Lunatic asylums in Bengal annual reports 1888-1898 - 1888-1898
Year: 1888
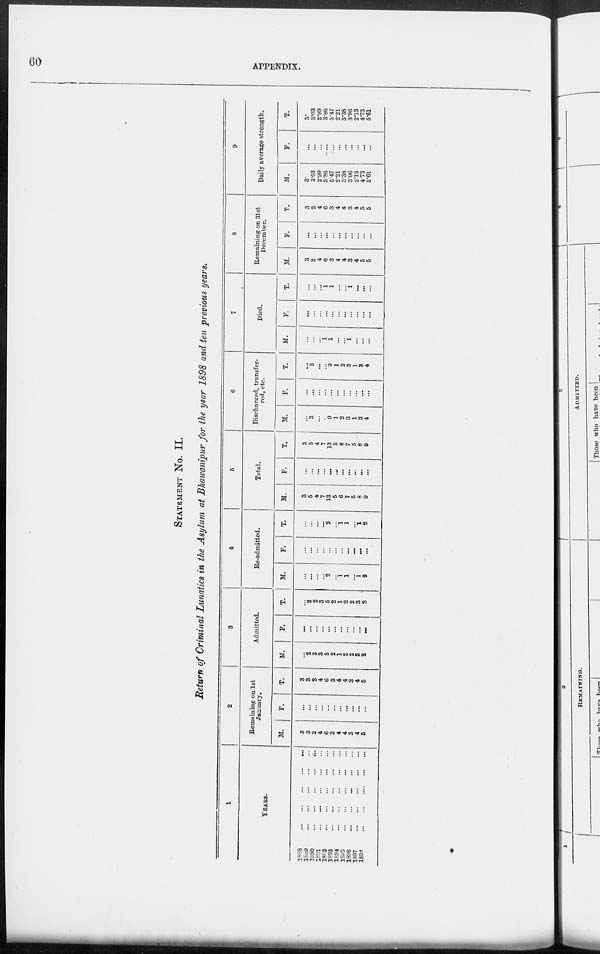
60
APPENDIX.
STATEMENT No. II.
Return of Criminal Lunatics in the Asylum at Bhawanipur for the year 1898 and ten previous years.
1
YEARS.
1888
... ... ... ... ...
1889 ... ... ... ... ...
1890
...
...
...
...
...
1891
...
...
...
...
...
1892
...
...
...
...
...
1893
...
...
...
...
...
1894
...
...
...
...
...
1895
...
...
...
...
...
1896
...
...
...
...
...
1897
...
...
...
...
...
1898
...
...
...
...
...
2
Remaining on 1st
January.
M.
3
3
2
4
6
3
4
4
3
4
5
F.
...
...
...
...
...
...
...
...
... ...
...
T.
3
3
2
4
6
3
4
4
3
4
5
3
Admitted.
M.
...
2
2
3
5
2
1
2
2
3
2
F.
...
...
... ...
...
... ...
...
... ...
...
T.
...
2
2
3
5
2
1
2
2
3
2
4
Re-admitted.
M.
...
...
...
... 2
... 1
1
... 1
2
F.
...
...
...
...
...
...
... ...
...
... ...
T.
...
...
...
...
2
... 1
1
... 1
2
5
Total.
M.
3
5
4
7
13
5
6
7
5
8
9
F.
...
...
...
...
...
... ...
...
...
... ...
T.
3
5
4
7
13
5
6
7
5
8
9
6
Discharged, transfer-
red, etc.
M.
...
3
...
... 9
1
2
3
1
3
4
F.
...
...
...
... ...
...
...
...
... ...
...
T.
... 3
...
... 9
1
2
3
1
3
4
7
Died.
M.
...
...
... 1
1
...
... 1
...
... ...
F.
...
...
...
...
...
...
...
...
...
... ...
T.
...
...
... 1
1
...
... 1
...
... ...
8
Remaining on 31st
December.
M.
3
2
4
6
3
4
4
3
4
5
5
F.
...
...
...
...
... ...
...
...
...
...
...
T.
3
2
4
6
3
4
4
3
4
5
5
9
Daily average strength.
M.
3.
3.03
2.99
3.86
5.47
2.21
3.38
3.06
2.13
4.73
5.61
F.
...
...
...
...
...
...
...
...
...
...
...
T.
3.
3.03
2.99
3.86
5.47
2.21
3.38
3.06
2.13
4.73
5.61